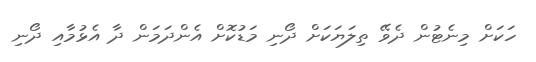
ހަކަށް މިނެޓުން ދެވޭ ތިލަޔަކަށް ދޯނި މަޑުކޮށް އެންދަމަން ދާ އެޅުމާއި ދޯނި